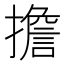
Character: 擔